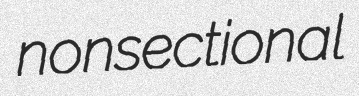
nonsectional